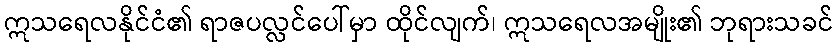
ဣသရေလနိုင်ငံ၏ ရာဇပလ္လင်ပေါ်မှာ ထိုင်လျက်၊ ဣသရေလအမျိုး၏ ဘုရားသခင်